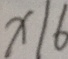
x \vert 6